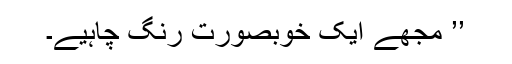
’’ مجھے ایک خوبصورت رِنگ چاہیے۔